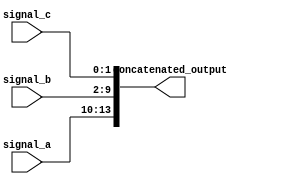
module ConcatenationExample (
    input wire [3:0] signal_a,    // 4-bit input signal
    input wire [7:0] signal_b,    // 8-bit input signal
    input wire [1:0] signal_c,    // 2-bit input signal
    output wire [13:0] concatenated_output // 14-bit output signal
);

// Continuous assignment using concatenation
assign concatenated_output = {signal_a, signal_b, signal_c}; // Concatenate signal_a, signal_b, and signal_c

endmodule